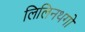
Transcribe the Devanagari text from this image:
लिलिनथगो